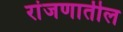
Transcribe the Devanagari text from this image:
रांजणातील